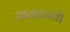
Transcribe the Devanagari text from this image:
सागरामधे